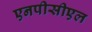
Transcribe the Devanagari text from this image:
एनपीसीएल